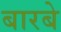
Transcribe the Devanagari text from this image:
बारबे